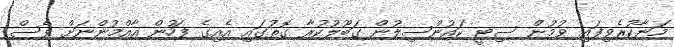
މަނާކުރެވިފައި ވުމުން ސިޓީ ކައުންސިލުން ގަބޫލުކުރާ ގޮތުގައި އެއިގެ ފަހުން އާއްމުންނަށް ވެސް